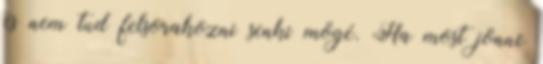
és nem tud felsorakozni senki mögé. Ha most jönne